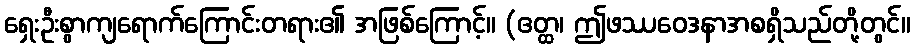
ရှေးဦးစွာကျရောက်ကြောင်းတရား၏ အဖြစ်ကြောင့်။ (ဧတ္ထ၊ ဤဖဿဝေဒနာအစရှိသည်တို့တွင်။